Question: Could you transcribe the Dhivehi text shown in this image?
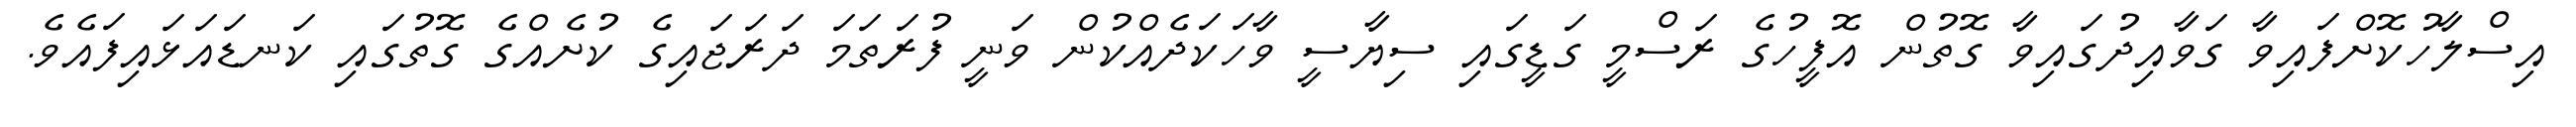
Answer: އިސްލާހުކޮށްފައިވާ ގަވާއިދުގައިވާ ގޮތުން އޮފީހުގެ ރަސްމީ ގަޑީގައި ސިޔާސީ ވާހަކަދެއްކުން ވަނީ ފުރަތަމަ ދަރަޖައިގެ ކުށެއްގެ ގޮތުގައި ކަނޑައަޅައިފައެވެ.